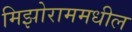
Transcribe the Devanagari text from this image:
मिझोराममधील